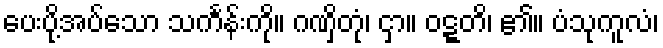
ပေးပို့အပ်သော သင်္ကန်းကို။ ဂဏှိတုံ၊ ငှာ။ ဝဋ္ဋတိ၊ ၏။ ပံသုကူလံ၊